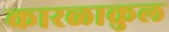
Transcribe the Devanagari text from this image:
कारळाकुल